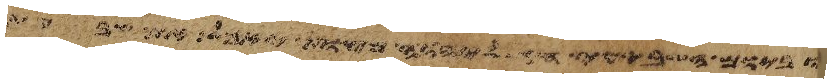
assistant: וביום השביעי חג ליהוה מצות יאכל את שבעת